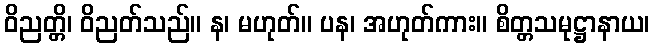
ဝိညတ္တိ၊ ဝိညတ်သည်။ န၊ မဟုတ်။ ပန၊ အဟုတ်ကား။ စိတ္တသမုဋ္ဌာနာယ၊